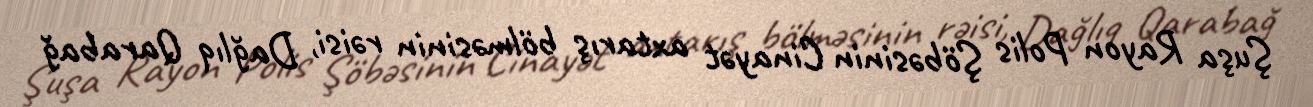
Şuşa Rayon Polis Şöbəsinin Cinayət axtarış bölməsinin rəisi, Dağlıq Qarabağ